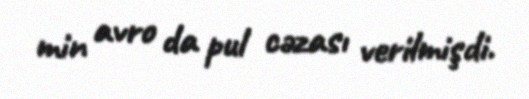
min avro da pul cəzası verilmişdi.